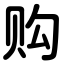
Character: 购